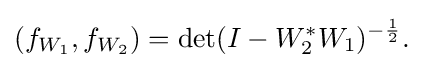
{(f_{W_{1}},f_{W_{2}})=\det(I-W_{2}^{*}W_{1})^{-{\frac {1}{2}}}.}